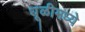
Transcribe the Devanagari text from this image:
धूळीमध्ये